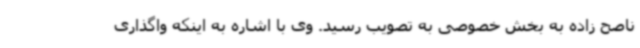
ناصح زاده به بخش خصوصی به تصویب رسید. وی با اشاره به اینکه واگذاری